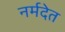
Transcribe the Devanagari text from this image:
नर्मदेत